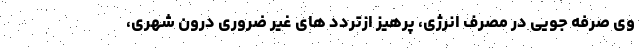
وی صرفه جویی در مصرف انرژی، پرهیز ازتردد های غیر ضروری درون شهری،